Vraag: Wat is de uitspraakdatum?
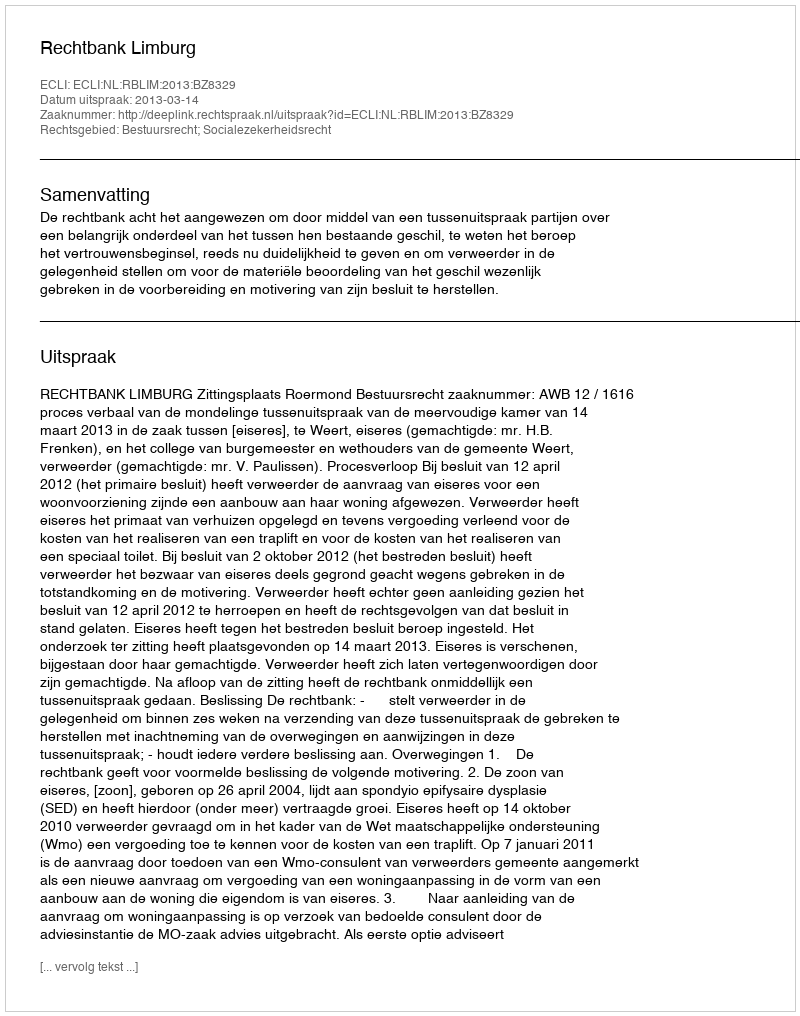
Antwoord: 2013-03-14